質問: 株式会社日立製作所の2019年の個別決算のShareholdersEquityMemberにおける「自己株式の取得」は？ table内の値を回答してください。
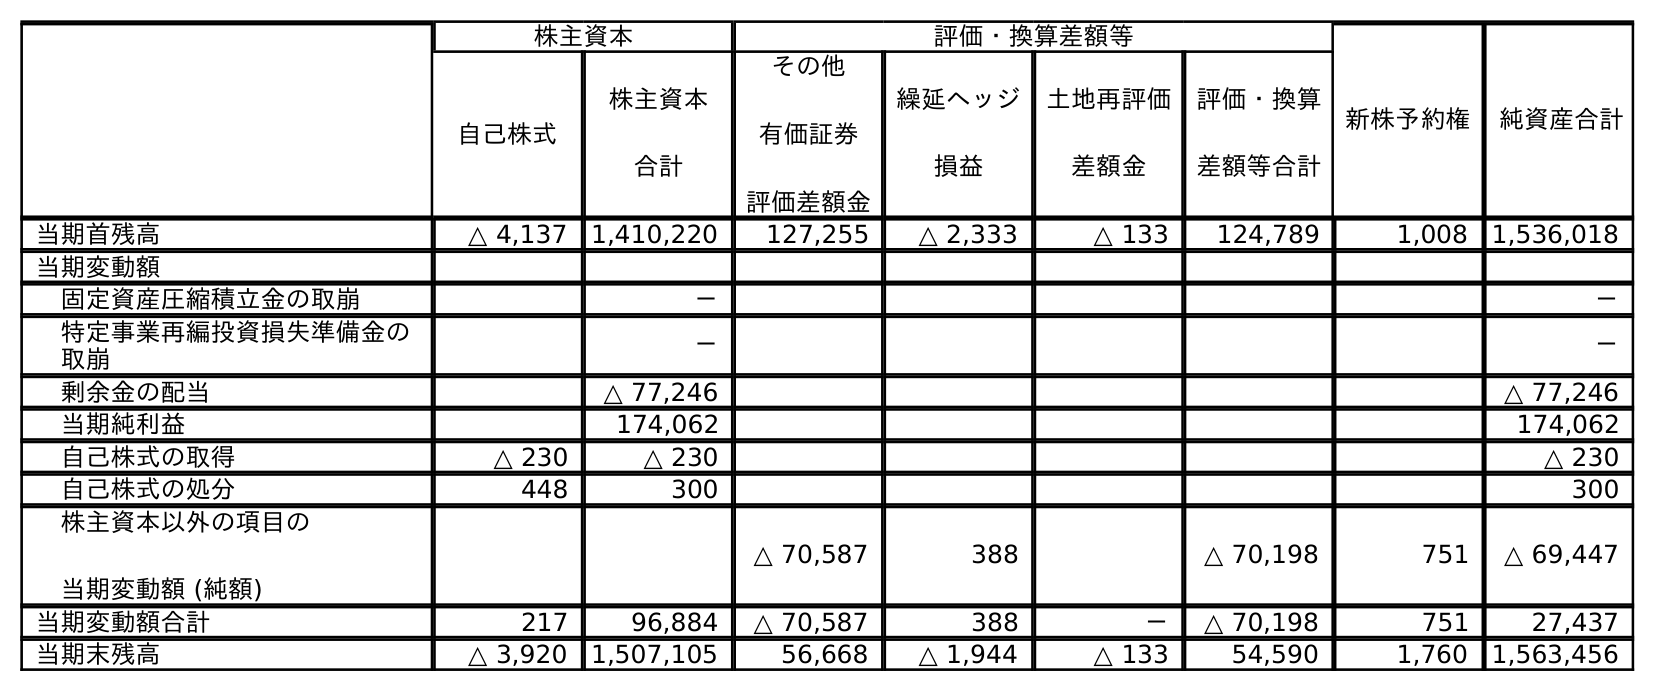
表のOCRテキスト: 株主資本 評価・換算差額等 新株予約権 純資産合計 自己株式 株主資本 合計 その他 有価証券 評価差額金 繰延ヘッジ 損益 土地再評価 差額金 評価・換算 差額等合計 当期首残高 △ 4,137 1,410,220 127,255 △ 2,333 △ 133 124,789 1,008 1,536,018 当期変動額 固定資産圧縮積立金の取崩 － － 特定事業再編投資損失準備金の 取崩 － － 剰余金の配当 △ 77,246 △ 77,246 当期純利益 174,062 174,062 自己株式の取得 △ 230 △ 230 △ 230 自己株式の処分 448 300 300 株主資本以外の項目の 当期変動額 (純額) △ 70,587 388 △ 70,198 751 △ 69,447 当期変動額合計 217 96,884 △ 70,587 388 － △ 70,198 751 27,437 当期末残高 △ 3,920 1,507,105 56,668 △ 1,944 △ 133 54,590 1,760 1,563,456
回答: △230